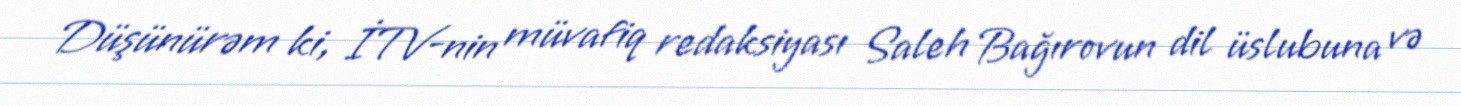
Düşünürəm ki, İTV-nin müvafiq redaksiyası Saleh Bağırovun dil üslubuna və